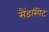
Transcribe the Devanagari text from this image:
सैंडस्पिट